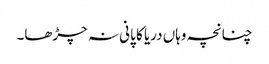
چنانچہ وہاں دریا کا پانی نہ چڑھا۔